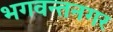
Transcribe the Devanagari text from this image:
भगवन्तनगर